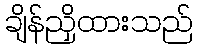
ချိန်ညှိထားသည်